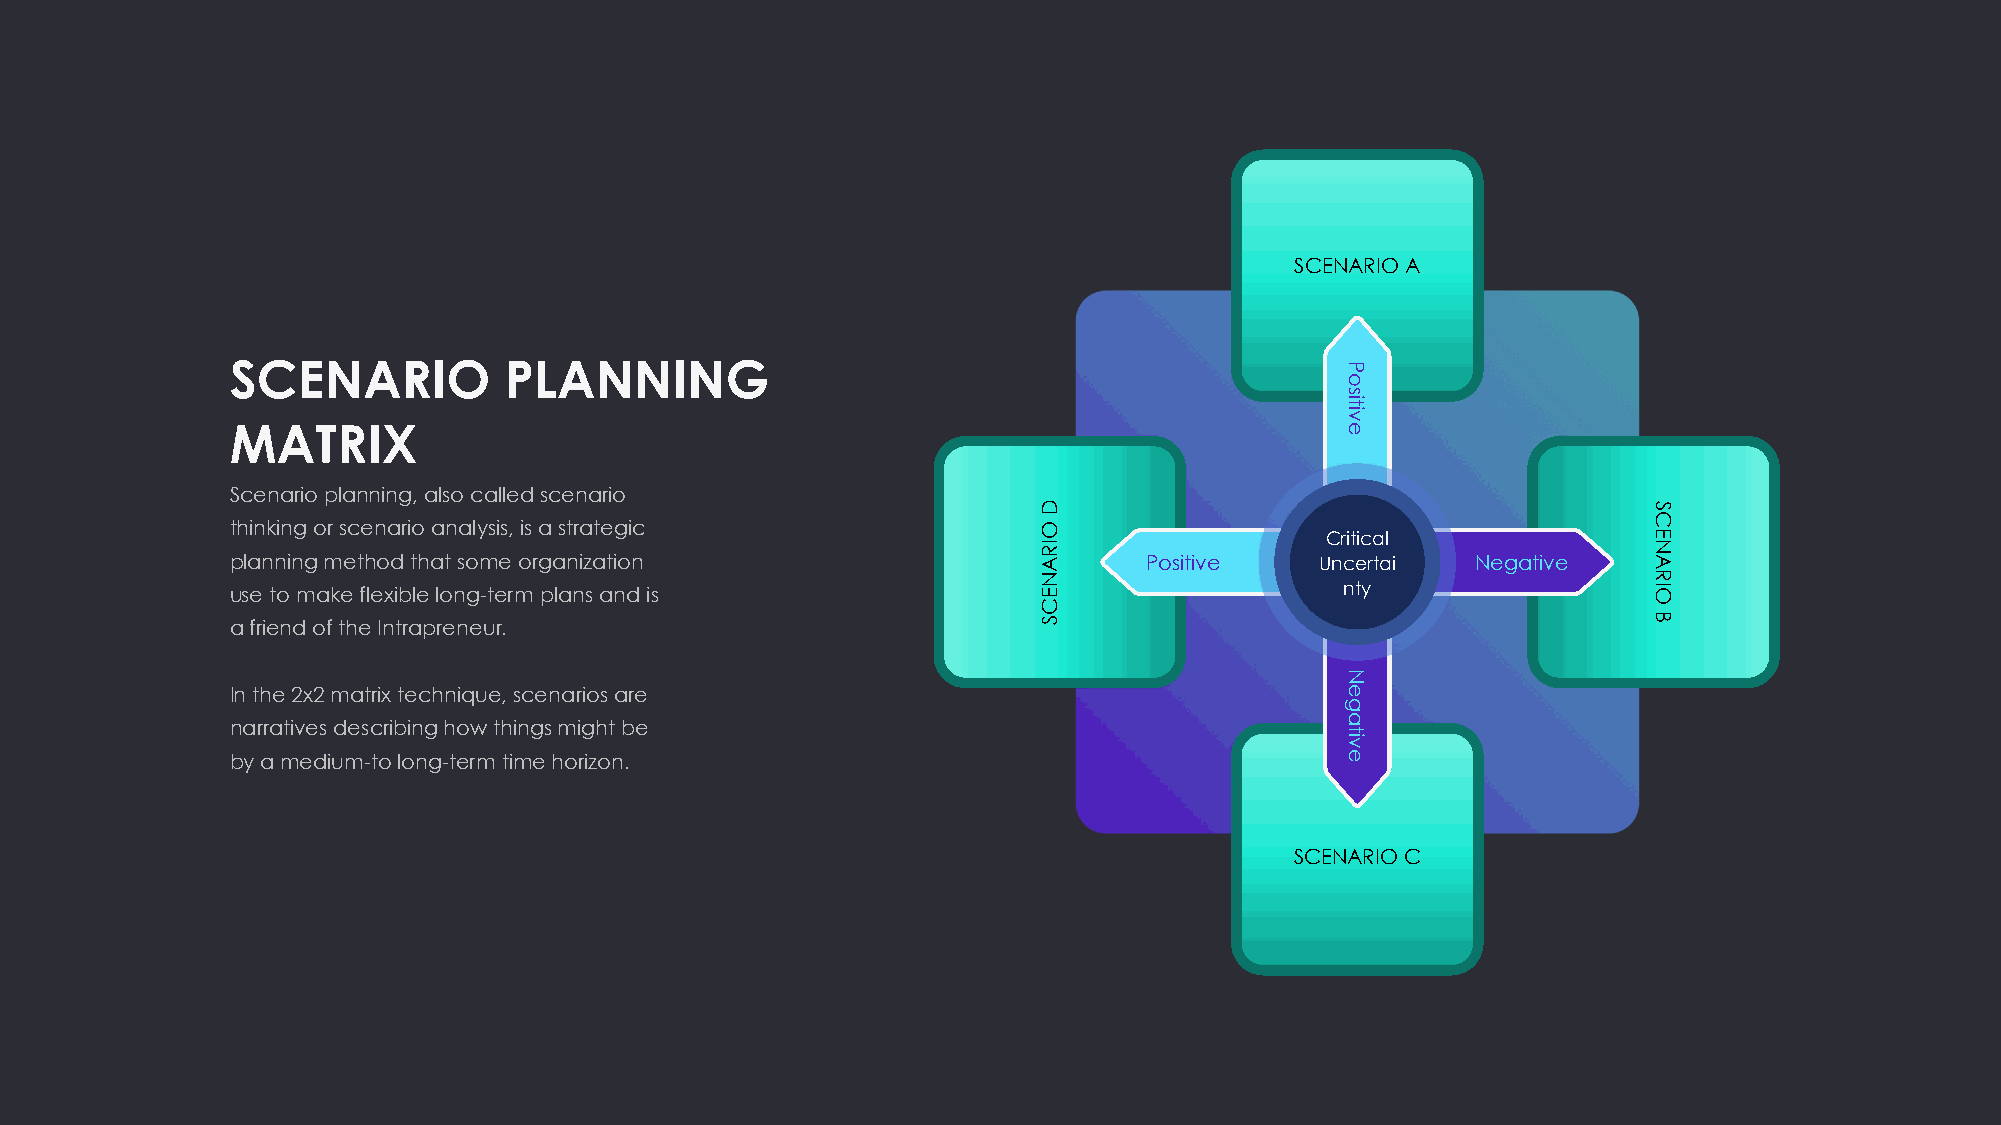
SCENARIO A
 SCENARIO          PLANNING
 MATRIX
 Scenario planning, also called scenario
 thinking or scenario analysis, is a strategic
 Critical
 planning method that some organization                       Positive   Uncertai   Negative
 use to make flexible long-term plans and is                               nty
 a friend of the Intrapreneur.
 In the 2x2 matrix technique, scenarios are
 narratives describing how things might be
 by a medium-to long-term time horizon.
 SCENARIO C
 D
 OIRANECS
 Positive
 Negative
 SCENARIO
 B